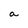
Character: a